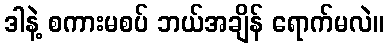
ဒါနဲ့ စကားမစပ် ဘယ်အချိန် ရောက်မလဲ။